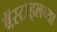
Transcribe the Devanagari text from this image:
बॅस्टाइलच्या